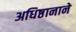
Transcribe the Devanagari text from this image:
अधिष्ठानाने